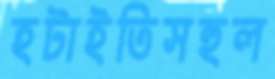
হটাইতিসহুল